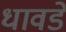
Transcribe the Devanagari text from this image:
धावडे